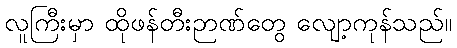
လူကြီးမှာ ထိုဖန်တီးဉာဏ်တွေ လျော့ကုန်သည်။